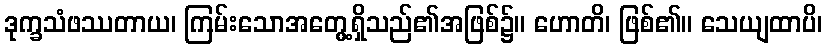
ဒုက္ခသံဖဿတာယ၊ ကြမ်းသောအတွေ့ရှိသည်၏အဖြစ်၌။ ဟောတိ၊ ဖြစ်၏။ သေယျထာပိ၊